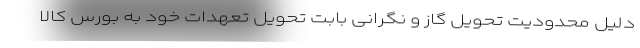
دلیل محدودیت تحویل گاز و نگرانی بابت تحویل تعهدات خود به بورس کالا